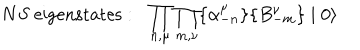
N S ~ \mathrm { e i g e n s t a t e s : } \: \: \: \prod _ { n , \mu } \prod _ { m , \nu } \{ \alpha _ { - n } ^ { \mu } \} \{ B _ { - m } ^ { \nu } \} \mid 0 \rangle